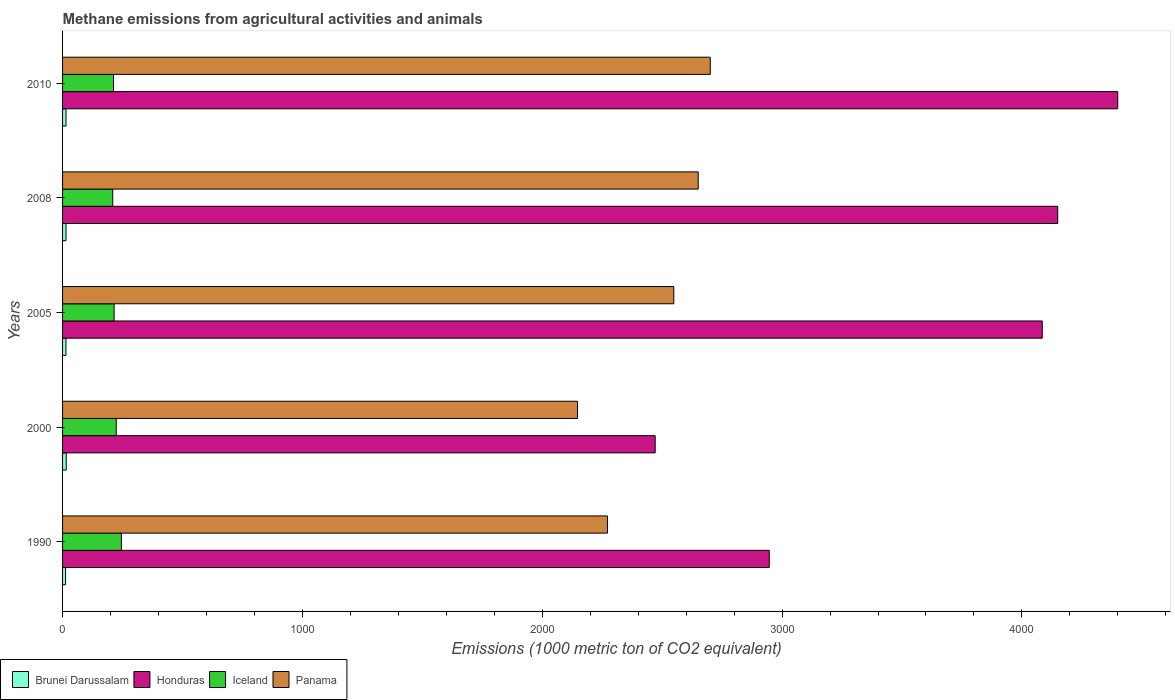
| Years | Brunei Darussalam | Honduras | Iceland | Panama |
 | --- | --- | --- | --- | --- |
 | 1990 | 12.5 | 2.95e+03 | 245 | 2.27e+03 |
 | 2000 | 15.3 | 2.47e+03 | 224 | 2.15e+03 |
 | 2005 | 14.1 | 4.08e+03 | 215 | 2.55e+03 |
 | 2008 | 14.3 | 4.15e+03 | 209 | 2.65e+03 |
 | 2010 | 14.4 | 4.4e+03 | 212 | 2.7e+03 |